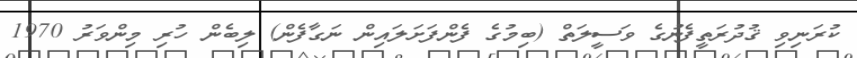
ކުރަނިވި ޤުދުރަތީފެނުގެ ވަސީލަތް (ބިމުގެ ފެންފަށަލައިން ނަގާފެން) ލިބެން ހުރި މިންވަރު 1970